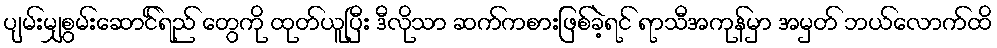
ပျမ်းမျှစွမ်းဆောင််ရည် တွေကို ထုတ်ယူပြီး ဒီလိုသာ ဆက်ကစားဖြစ်ခဲ့ရင် ရာသီအကုန်မှာ အမှတ် ဘယ်လောက်ထိ